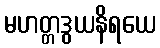
မဟတ္တဒွယနိရယေ